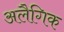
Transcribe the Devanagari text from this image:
अलैगिक